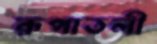
রূপাতলী